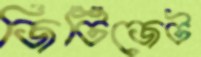
জিটিজেট